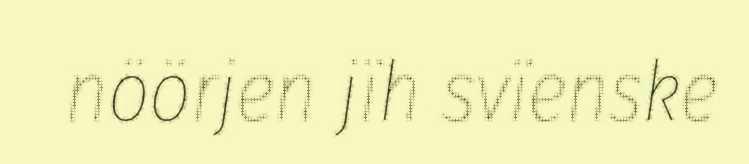
nöörjen jïh svïenske